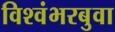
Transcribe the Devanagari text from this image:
विश्वंभरबुवा